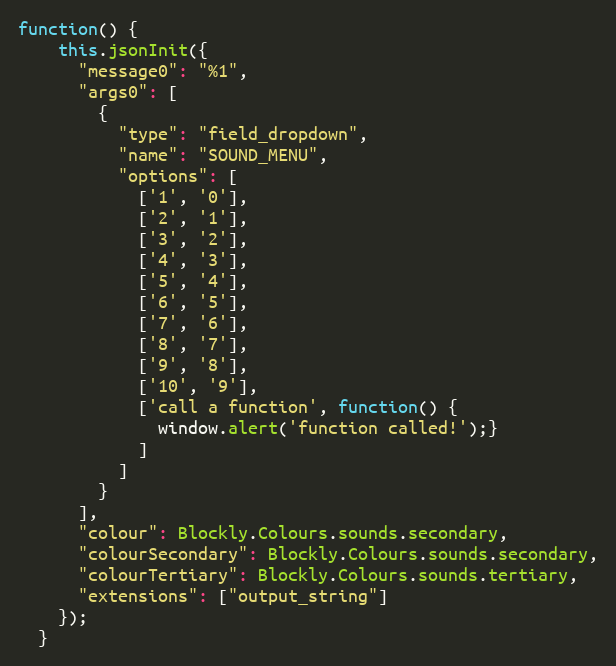
Language: JavaScript
function() {
    this.jsonInit({
      "message0": "%1",
      "args0": [
        {
          "type": "field_dropdown",
          "name": "SOUND_MENU",
          "options": [
            ['1', '0'],
            ['2', '1'],
            ['3', '2'],
            ['4', '3'],
            ['5', '4'],
            ['6', '5'],
            ['7', '6'],
            ['8', '7'],
            ['9', '8'],
            ['10', '9'],
            ['call a function', function() {
              window.alert('function called!');}
            ]
          ]
        }
      ],
      "colour": Blockly.Colours.sounds.secondary,
      "colourSecondary": Blockly.Colours.sounds.secondary,
      "colourTertiary": Blockly.Colours.sounds.tertiary,
      "extensions": ["output_string"]
    });
  }